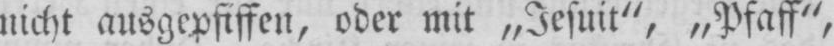
nicht ausgepfiffen, oder mit „Jesuit“, „Pfaff“,